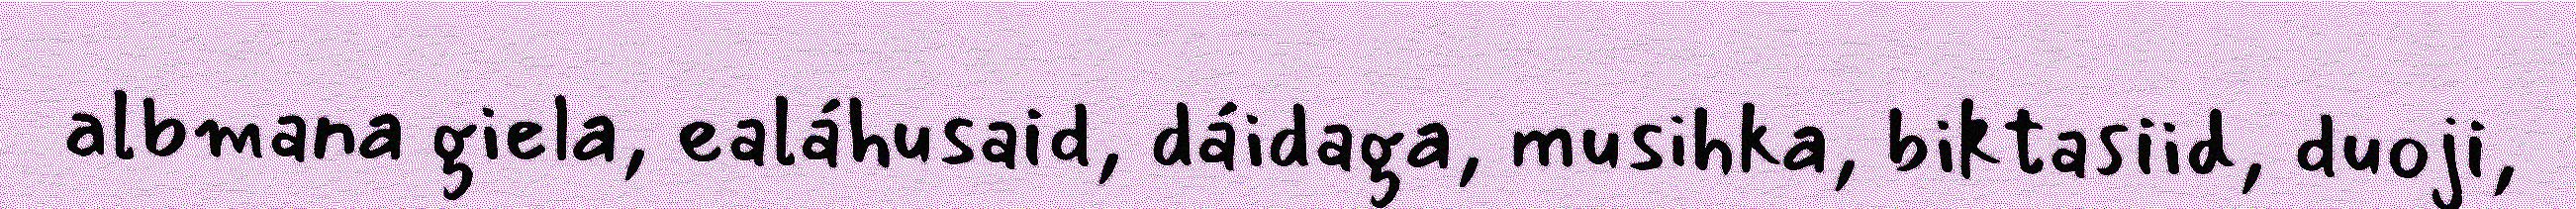
albmana giela, ealáhusaid, dáidaga, musihka, biktasiid, duoji,